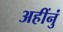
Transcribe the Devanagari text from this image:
अहींनुं